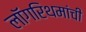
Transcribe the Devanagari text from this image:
लॉगरिथमांची